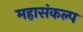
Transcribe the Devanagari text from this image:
महासंकल्प